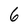
Character: 6